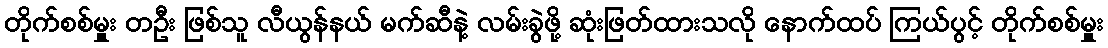
တိုက်စစ်မှူး တဦး ဖြစ်သူ လီယွန်နယ် မက်ဆီနဲ့ လမ်းခွဲဖို့ ဆုံးဖြတ်ထားသလို နောက်ထပ် ကြယ်ပွင့် တိုက်စစ်မှူး